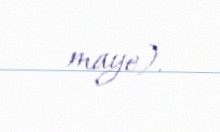
maye).